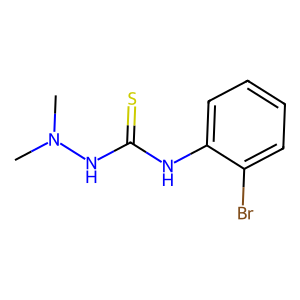
SMILES: CN(C)NC(=S)Nc1ccccc1Br
Inhibits HIV replication: No